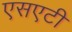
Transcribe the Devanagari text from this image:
एसएटी